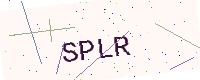
Text: SPLR